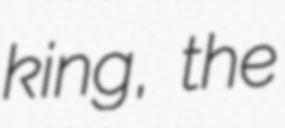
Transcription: king, the